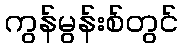
ကွန်မွန်းစ်တွင်